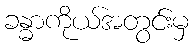
ခန္ဓာကိုယ်အတွင်းမှ